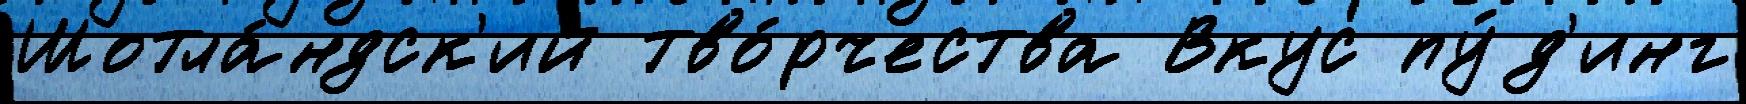
Шотла́ндск'ий тво́рчества Вкус пу́д'инг